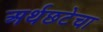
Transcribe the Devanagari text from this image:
अर्थछटेचा